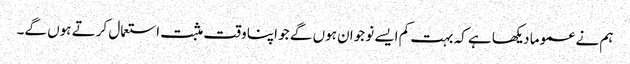
ہم نے عموما دیکھا ہے کہ بہت کم ایسے نوجوان ہوں گے جو اپنا وقت مثبت استعمال کرتے ہوں گے۔